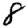
Digit: 8